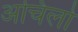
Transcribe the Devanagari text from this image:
अचिलो